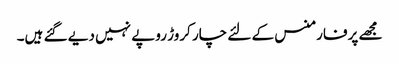
مجھے پرفارمنس کے لئے چار کروڑ روپے نہیں دیے گئے ہیں۔